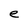
Character: e